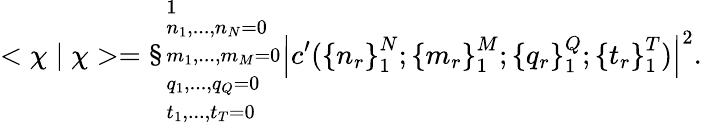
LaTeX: <\chi\mid\chi>=\S_{\begin{array}{l}{{{\scriptstyle n_{1},...,n_{N}=0}}}\\ {{{\scriptstyle m_{1},...,m_{M}=0}}}\\ {{{\scriptstyle q_{1},...,q_{Q}=0}}}\\ {{{\scriptstyle t_{1},...,t_{T}=0}}}\end{array}}^{1}{\left|c^{\prime}({\{ n_{r}\} }_{1}^{N};{\{ m_{r}\} }_{1}^{M};{\{ q_{r}\} }_{1}^{Q};{\{ t_{r}\} }_{1}^{T})\right|}^{2}.